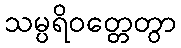
သမ္ပရိဝတ္တေတွာ